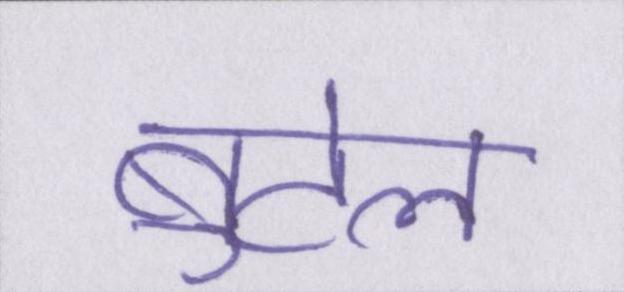
बुटेल